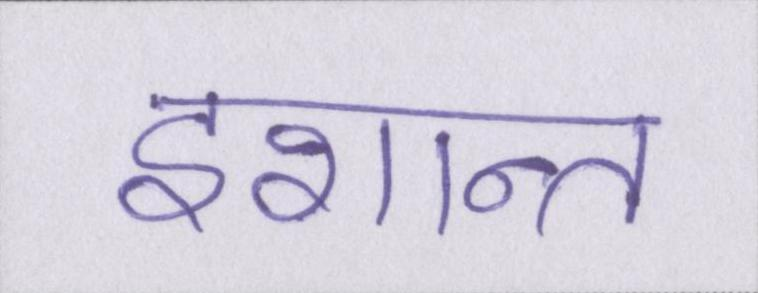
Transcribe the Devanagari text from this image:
इशान्त